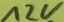
Text: 12V